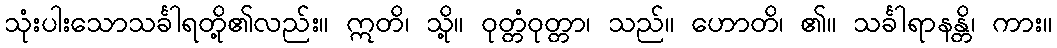
သုံးပါးသောသင်္ခါရတို့၏လည်း။ ဣတိ၊ သို့။ ဝုတ္တံဝုတ္တာ၊ သည်။ ဟောတိ၊ ၏။ သင်္ခါရာနန္တိ၊ ကား။